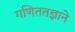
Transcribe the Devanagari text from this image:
गणिततज्ञाने